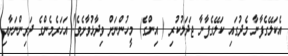
އެކަލޭގެފާނާ މެދުގައި ކަލޭގެފާނާ ޖަދަލުކުރި ( އިންގެ) މީހުންނަށް ވިދާޅުވާށެވެ! އަހަރެމެންގެ ދަރިންނަށާއި